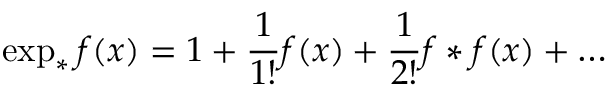
\exp _ { * } f ( x ) = 1 + \frac { 1 } { 1 ! } f ( x ) + \frac { 1 } { 2 ! } f * f ( x ) + \dots